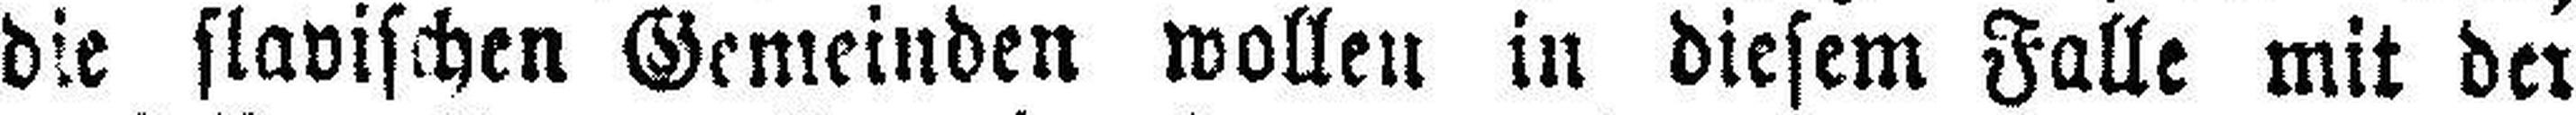
die slavischen Gemeinden wollen in diesem Falle mit der